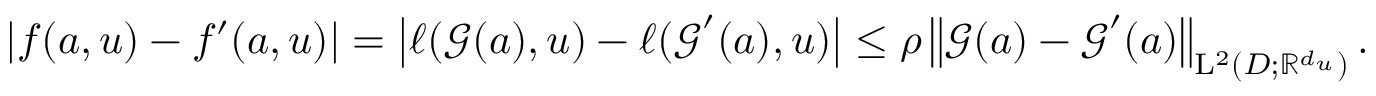
\left| f ( a , u ) - f ^ { \prime } ( a , u ) \right| = \left| \ell ( \boldsymbol { \mathcal { G } } ( a ) , u ) - \ell ( \boldsymbol { \mathcal { G } } ^ { \prime } ( a ) , u ) \right| \leq \rho \left\| \boldsymbol { \mathcal { G } } ( a ) - \boldsymbol { \mathcal { G } } ^ { \prime } ( a ) \right\| _ { \mathrm { L } ^ { 2 } ( D ; \mathbb { R } ^ { d _ { u } } ) } .